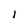
Character: l